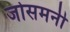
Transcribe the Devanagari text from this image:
जोसमनी